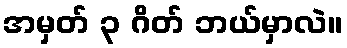
အမှတ် ၃ ဂိတ် ဘယ်မှာလဲ။